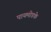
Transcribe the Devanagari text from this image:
पायमोडके